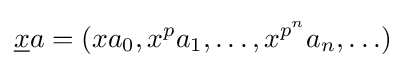
{\underline {x}}a=(xa_{0},x^{p}a_{1},\ldots ,x^{p^{n}}a_{n},\ldots )